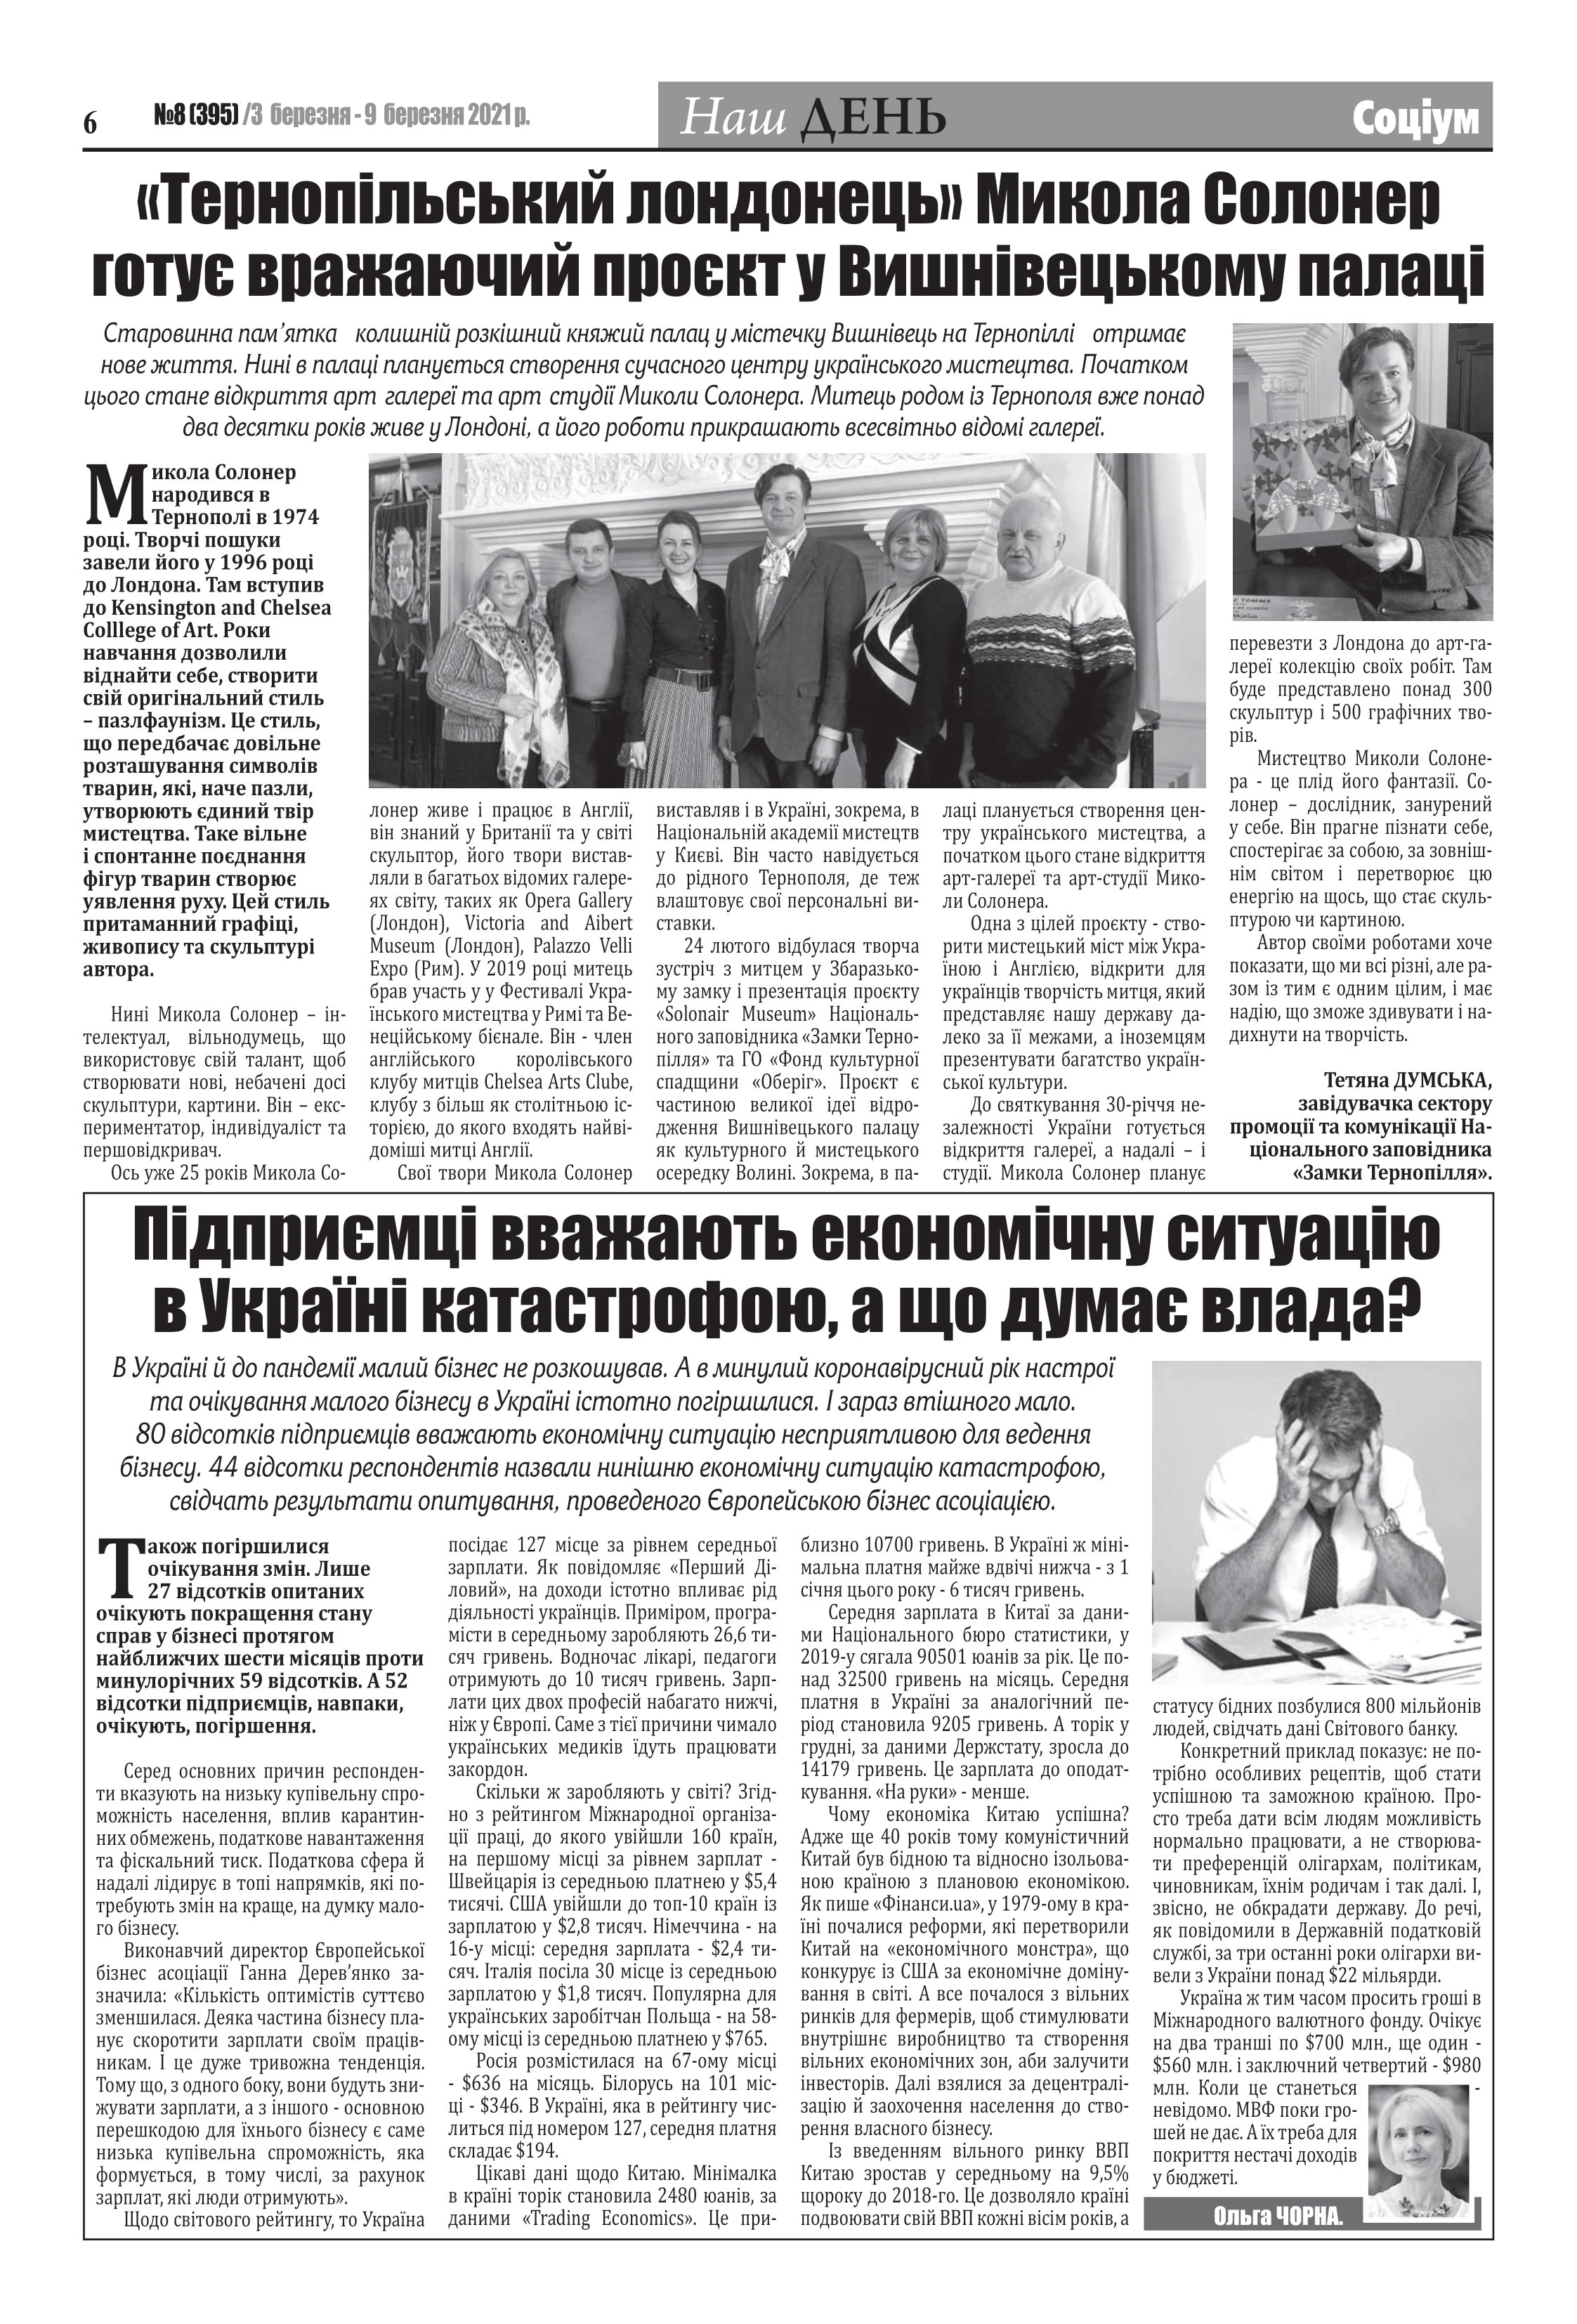
Language: uk